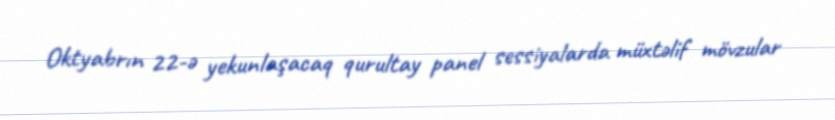
Oktyabrın 22-ə yekunlaşacaq qurultay panel sessiyalarda müxtəlif mövzular